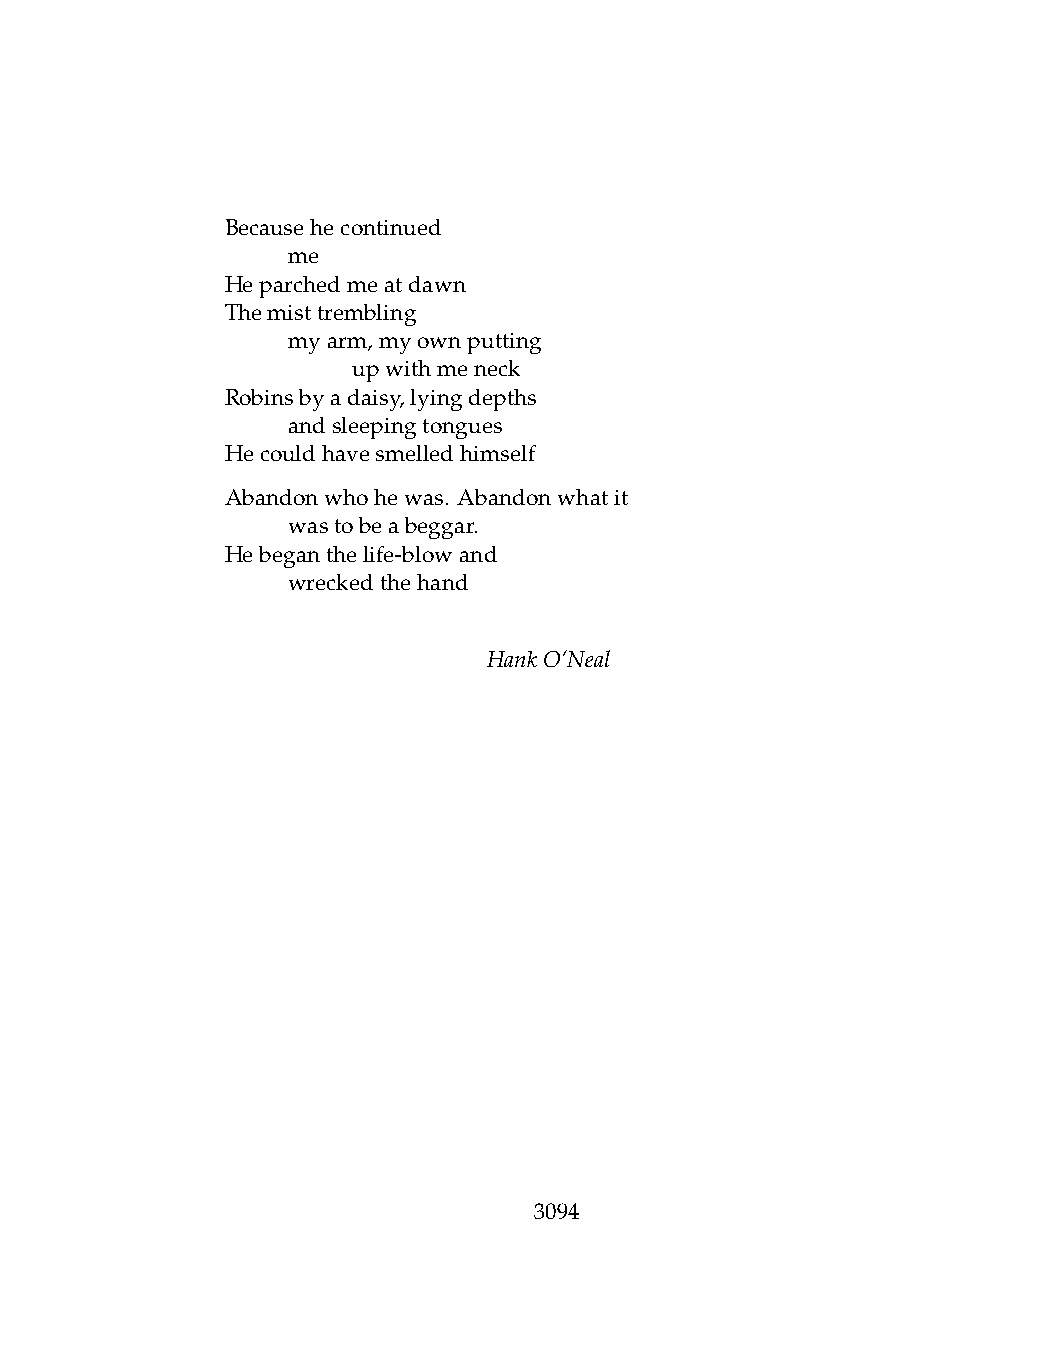
Becausehecontinued
 .   me
 Heparchedmeatdawn
 Themisttrembling
 .   myarm,myownputting
 .   .   upwithmeneck
 Robinsbyadaisy,lyingdepths
 .   andsleepingtongues
 Hecouldhavesmelledhimself
 Abandonwhohewas. Abandonwhatit
 .   wastobeabeggar.
 Hebeganthelife-blowand
 .   wreckedthehand
 HankO’Neal
 3094